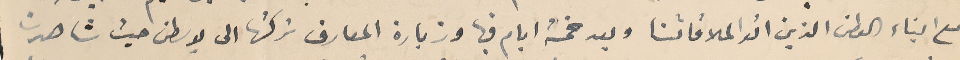
مع ابناء الوطن الذين اتوا لملاقاتنا وبعد خمسة ايام فيها وزيارة المعارف تركتها الى بوسطن حيث شاهدت